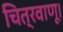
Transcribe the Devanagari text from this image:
चित्रवाणू।